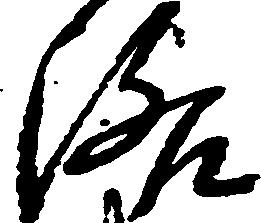
洛